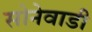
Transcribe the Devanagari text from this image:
सोनेवाडी